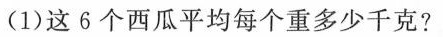
(1)这6个西瓜平均每个重多少千克?